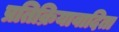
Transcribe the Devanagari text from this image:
प्रतिक्रियावादिता